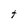
Character: t